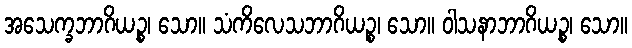
အသေက္ခဘာဂိယဉ္စ၊ သော။ သံကိလေသဘာဂိယဉ္စ၊ သော။ ဝါသနာဘာဂိယဉ္စ၊ သော။